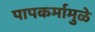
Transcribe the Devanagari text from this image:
पापकर्मामुळे